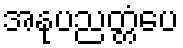
အနုပညတ္တံပေ